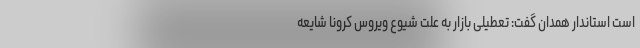
است استاندار همدان گفت: تعطیلی بازار به علت شیوع ویروس کرونا شایعه